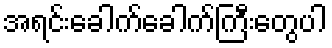
အရင်းခေါက်ခေါက်ကြီးတွေပါ